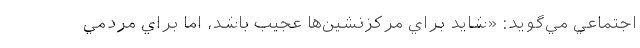
اجتماعي مي‌گويد: «شايد براي مركزنشين‌ها عجيب باشد، اما براي مردمي